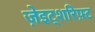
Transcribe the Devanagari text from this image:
ज़ेइट्शरिफ़्ट